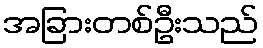
အခြားတစ်ဦးသည်